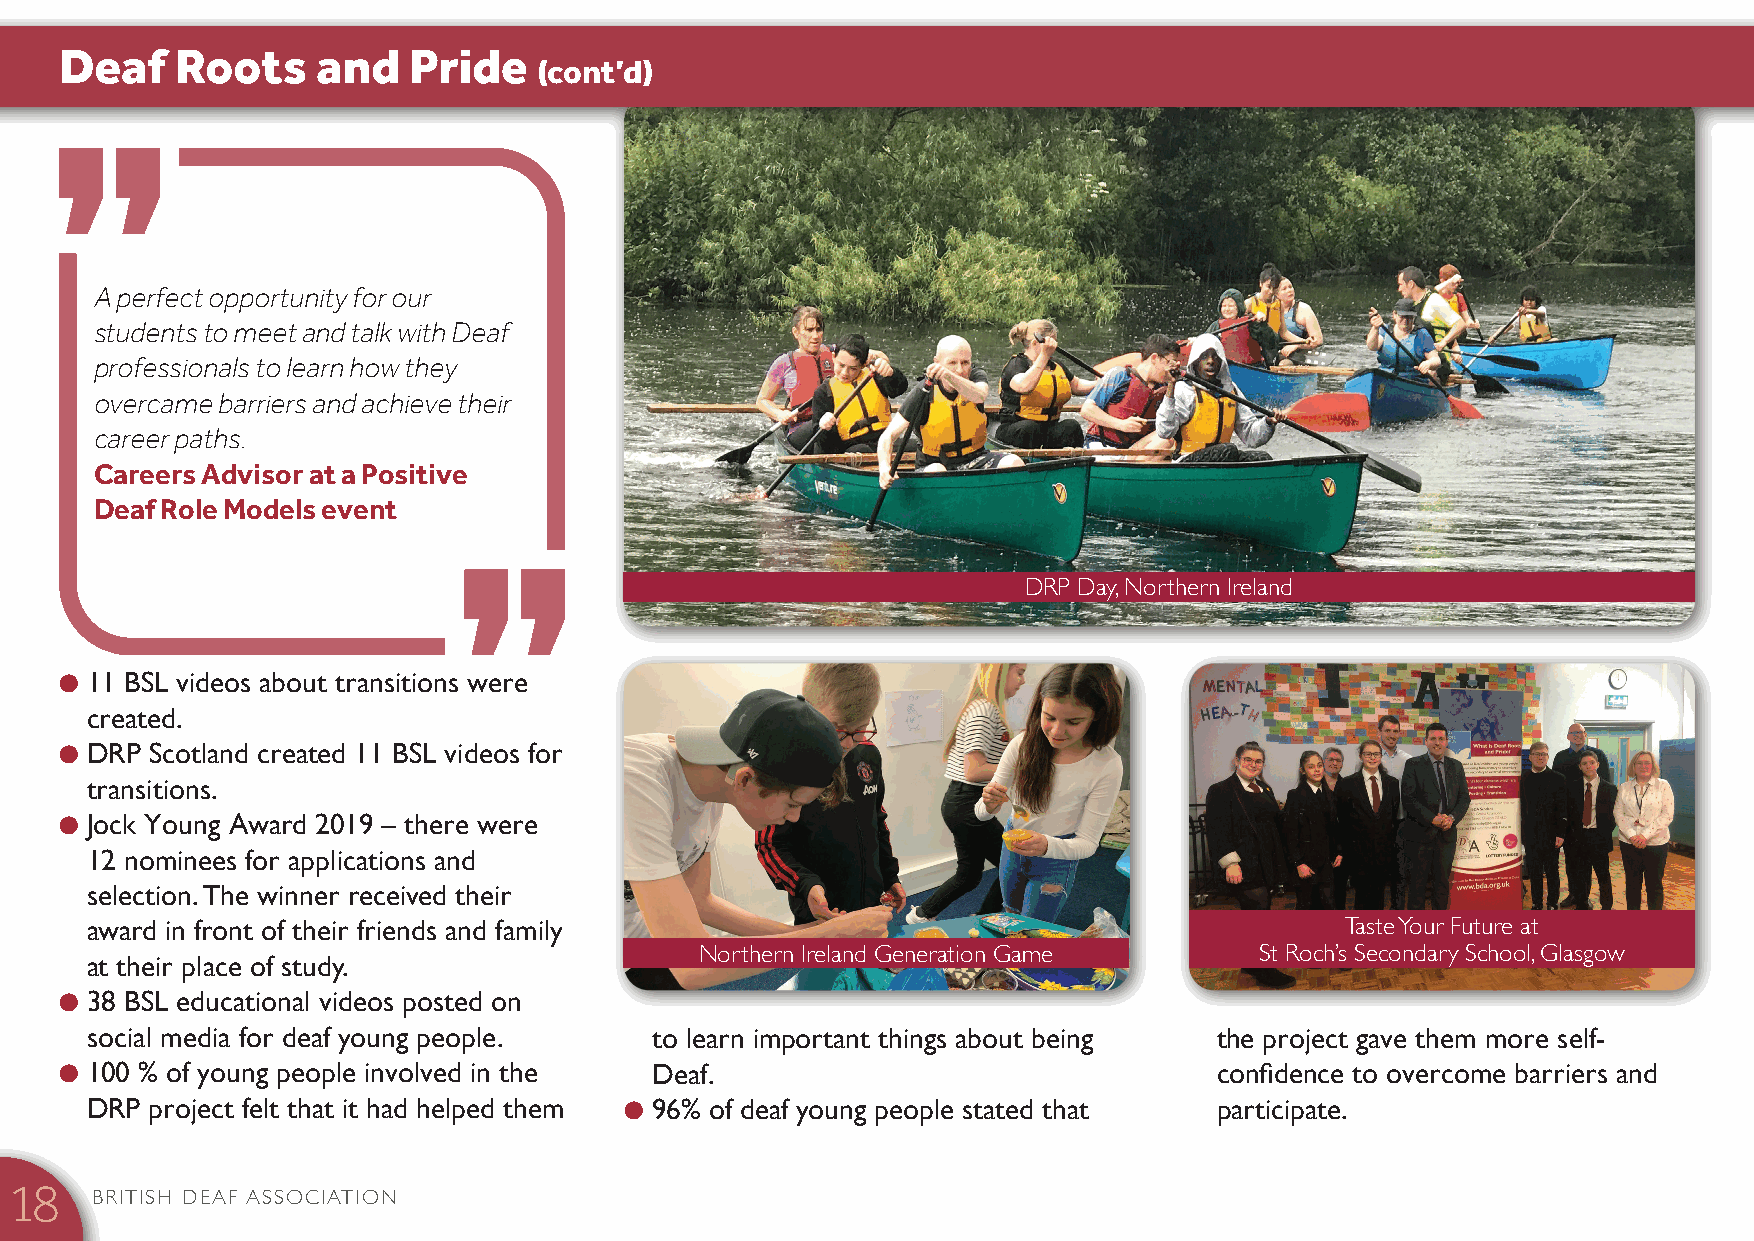
Deaf    Roots    and   Pride    (cont’d)
 A perfect opportunity for our
 students to meet and talk with Deaf
 professionals to learn how they
 overcame barriers and achieve their
 career paths.
 Careers Advisor at a Positive
 Deaf Role Models event
 DRP Day, Northern Ireland
 l 11 BSL videos about transitions were
 created.
 l DRP Scotland created 11 BSL videos for
 transitions.
 l Jock Young Award 2019 – there were
 12 nominees for applications and
 selection. The winner received their
 award in front of their friends and family                                         Taste Your Future at
 Northern Ireland Generation Game     St Roch’s Secondary School, Glasgow
 at their place of study.
 l 38 BSL educational videos posted on
 social media for deaf young people.  to learn important things about being the project gave them more self-
 l 100 % of young people involved in the Deaf.                                confidence to overcome barriers and
 DRP project felt that it had helped them l 96% of deaf young people stated that participate.
 BRITISH DEAF ASSOCIATION
 18